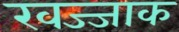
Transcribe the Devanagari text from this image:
खज्जाक